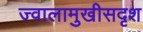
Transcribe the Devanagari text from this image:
ज्वालामुखीसदृश